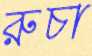
রুচা